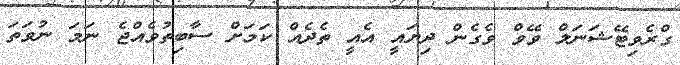
ގްރެވިޓޭޝަނަލް ވޭވް ވެގެން ދިޔައީ އެއީ ތެދެއް ކަމަށް ސާބިތުވެއްޖެ ނަމަ ނުވަތަ